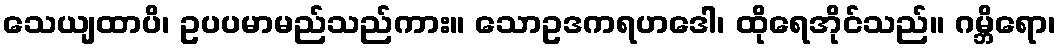
သေယျထာပိ၊ ဥပပမာမည်သည်ကား။ သောဥဒကရဟဒေါ၊ ထိုရေအိုင်သည်။ ဂမ္ဘိရော၊